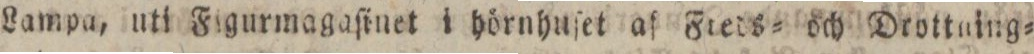
Lampa, uti Figurmagaſinet i hörnhuſet af Fieds= och Drottning=